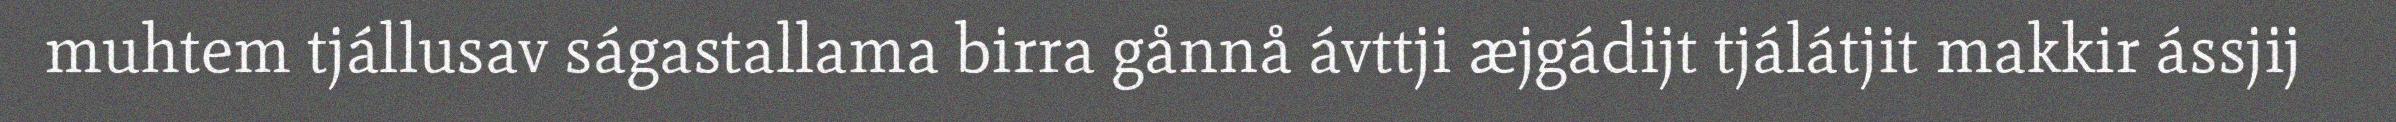
muhtem tjállusav ságastallama birra gånnå ávttji æjgádijt tjálátjit makkir ássjij